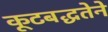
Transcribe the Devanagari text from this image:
कूटबद्धतेने